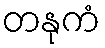
တနုကံ